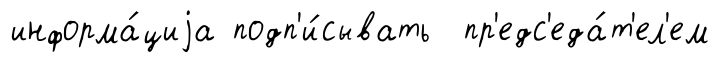
информа́циjа подп'и́сывать пр'едс'еда́т'ел'ем